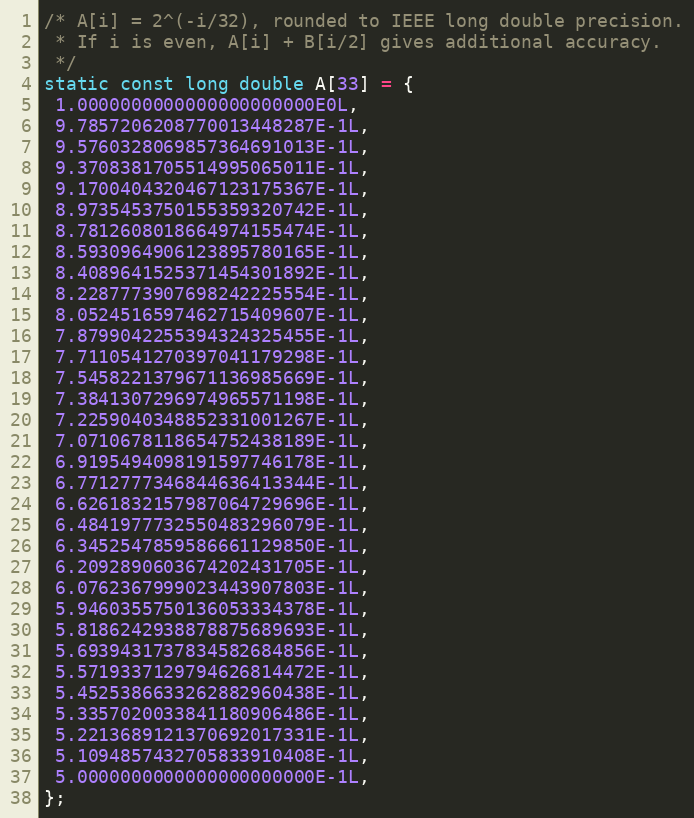
Language: C
/* A[i] = 2^(-i/32), rounded to IEEE long double precision.
 * If i is even, A[i] + B[i/2] gives additional accuracy.
 */
static const long double A[33] = {
 1.0000000000000000000000E0L,
 9.7857206208770013448287E-1L,
 9.5760328069857364691013E-1L,
 9.3708381705514995065011E-1L,
 9.1700404320467123175367E-1L,
 8.9735453750155359320742E-1L,
 8.7812608018664974155474E-1L,
 8.5930964906123895780165E-1L,
 8.4089641525371454301892E-1L,
 8.2287773907698242225554E-1L,
 8.0524516597462715409607E-1L,
 7.8799042255394324325455E-1L,
 7.7110541270397041179298E-1L,
 7.5458221379671136985669E-1L,
 7.3841307296974965571198E-1L,
 7.2259040348852331001267E-1L,
 7.0710678118654752438189E-1L,
 6.9195494098191597746178E-1L,
 6.7712777346844636413344E-1L,
 6.6261832157987064729696E-1L,
 6.4841977732550483296079E-1L,
 6.3452547859586661129850E-1L,
 6.2092890603674202431705E-1L,
 6.0762367999023443907803E-1L,
 5.9460355750136053334378E-1L,
 5.8186242938878875689693E-1L,
 5.6939431737834582684856E-1L,
 5.5719337129794626814472E-1L,
 5.4525386633262882960438E-1L,
 5.3357020033841180906486E-1L,
 5.2213689121370692017331E-1L,
 5.1094857432705833910408E-1L,
 5.0000000000000000000000E-1L,
};